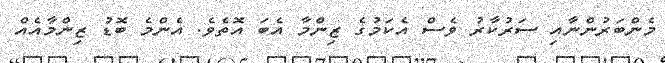
މެންބަރުންނާއި ސަރުކާރު ވެސް އެކަމުގެ ޒިންމާ އެބަ އޮތެވެ. އެންމެ ބޮޑު ޒިންމާއެއް